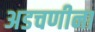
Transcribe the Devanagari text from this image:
अडचणीना